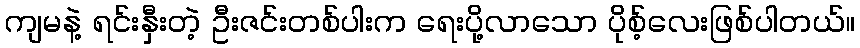
ကျမနဲ့ ရင်းနှီးတဲ့ ဦးဇင်းတစ်ပါးက ရေးပို့လာသော ပိုစ့်လေးဖြစ်ပါတယ်။